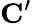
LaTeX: \mathbf{C^{\prime}}